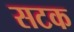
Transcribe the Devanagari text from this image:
सटक